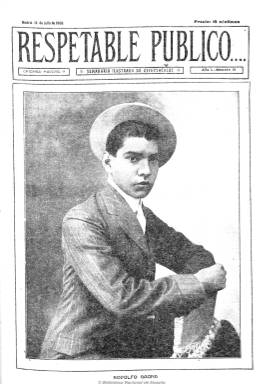
Título: Respetable público
Colección: Toros || Espectáculos
Ámbito geográfico: Madrid
Lugar de publicación: Madrid
Fechas: 12/07/1908-30/05/1911

Con el subtítulo “semanario ilustrado de espectáculos”, ofrece información sobre los teatros de Madrid y provincias, pero prácticamente sus páginas están dedicadas al mundo de la tauromaquia y las corridas de toros, ofreciendo crónicas de las temporadas taurinas de toda España, así como de América (Méjico, especialmente), de Francia y hasta de Orán (Argelia). Aparece el 19 de abril de 1908, y publica una serie sobre la historia de las ganaderías bravas en España y Méjico y otra sobre cosos taurinos. Además, inserta semblanzas de diestros, y en algunas ocasiones poemas y relatos.

Aparecía los domingos, y posteriormente los martes, para de esta forma poder ofrecer su información más actualizada, y resalta su amplísima información gráfica, además de una serie de caricaturas de revisteros taurinos y algunas historietas cómicas, numerosísimas fotografías de retratos de matadores, novilleros, picadores, rejoneadores, ayudantes, cuadrillas, reses bravas y artistas, así como otras sobre los lances en los festejos. Su primera página está siempre ocupada íntegramente por una de estas fotografías. Ya en 1911 son normales sus portadas y sus láminas interiores en color. Contó con una amplia red de corresponsales, tanto literarios como fotográficos, entre los que se encuentra Joaquín López Barbadillo (1875-1922). Pasó de las diez a las veinte páginas, y de diez a veinte céntimos el precio de cada ejemplar.

La colección de la Biblioteca Nacional es incompleta, faltando el año 1910. El último número es de 30 de mayo de 1911.